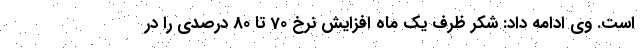
است. وی ادامه داد: شکر ظرف یک ماه افزایش نرخ 70 تا 80 درصدی را در